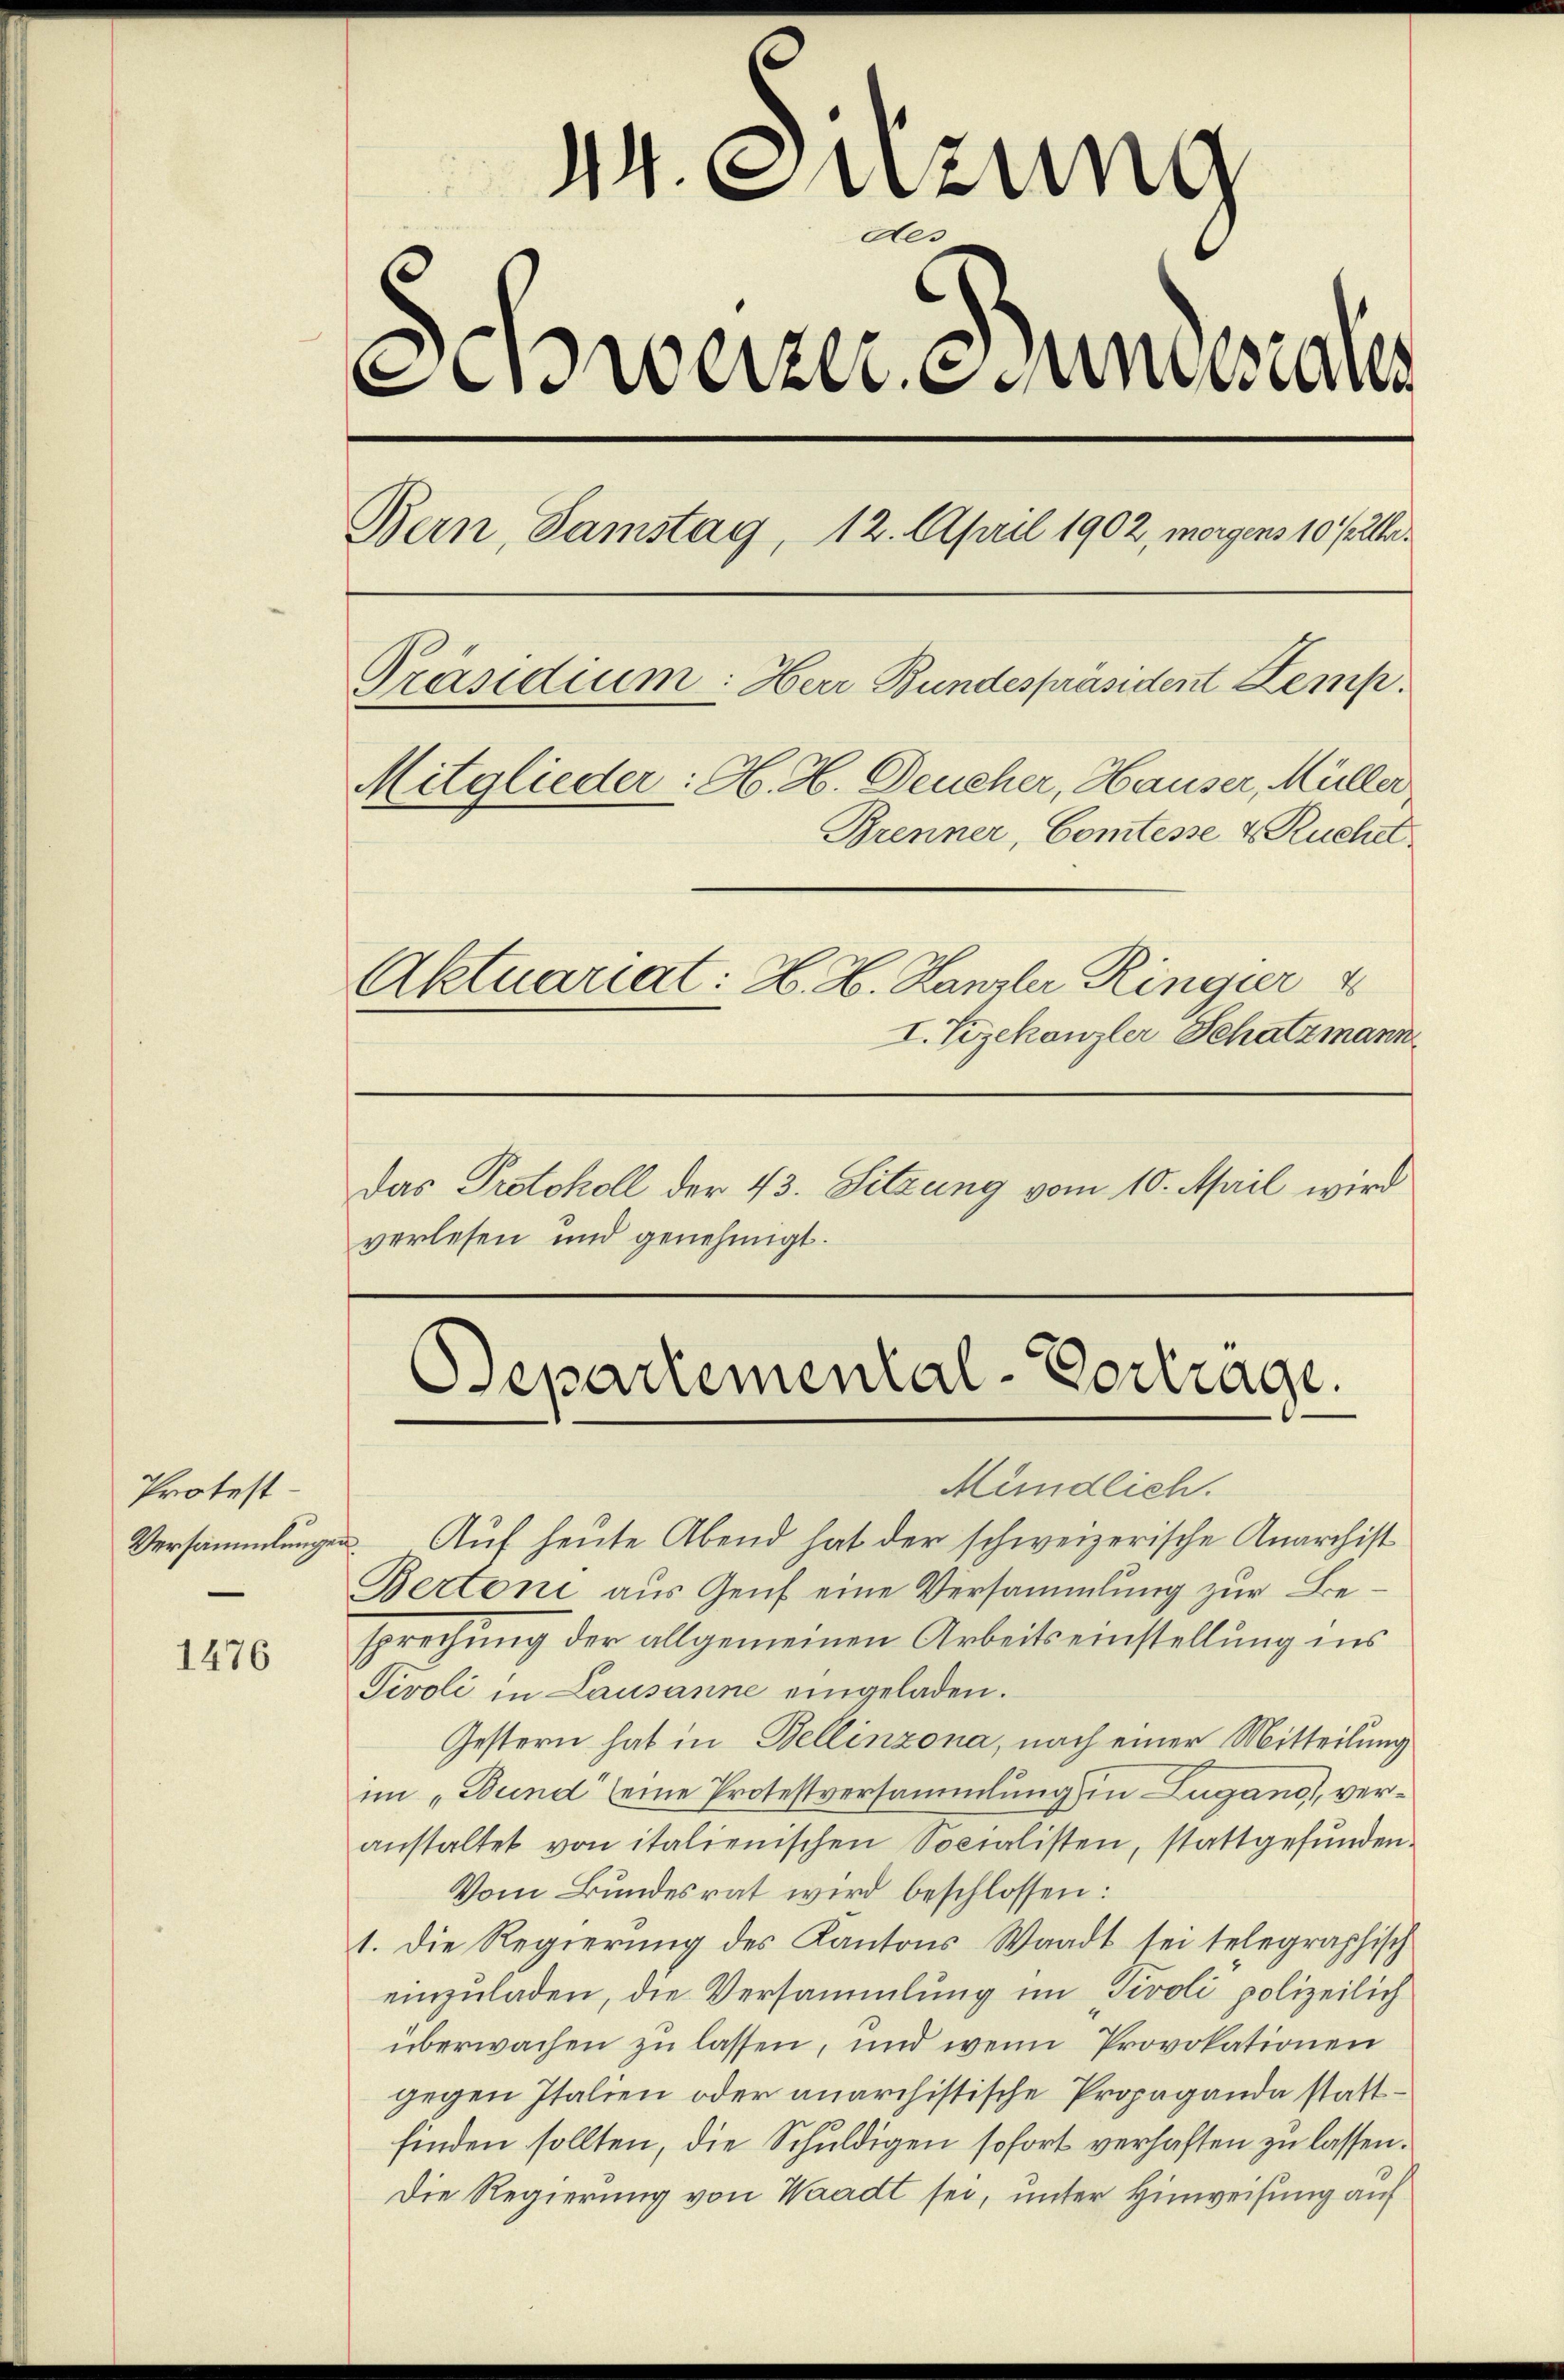
Protest

1476

44. Suzung
Aer
werzeneral
Bern, Samstag, 12. April 1902, morgens 10 Pr
Präsidium: Herr Bundespräsident Lemp.
Mitglieder: H. H. Deucher, Hauser, Müller
Brenner, Comtesse & Ruchel
Aktuariat: H. H. Kanzlei Ringier 4
I. Vizekanzler Schatzmann

Das Protokoll der 43. Sitzung vom 10. April wird
verlesen und genehmigt.

Mündlich.
Versammlungen Auf heute Abend hat der schweizerische Anarchist
Bertoni aus Genf eine Versammlung zur Besprechung der allgemeinen Arbeitseinstellung ins
Tivoli in Lausanne eingeladen.
Gestern hat in Bellinzona, nach einer Mitteilung
im „Bund“ seine Protestversammlung in Lugano, veranstaltet von italienischen Socialisten, stattgefunden.
Vom Bundesrat wird beschlossen:
1. die Regierŭng des Kantons Waadt sei telegraphisch
einzuladen, die Versammlung im Tivoli polizeilich
überwachen zu lassen, und wenn Provokationen
gegen Italien oder anarchistische Propaganda stattfinden sollten, die Schuldigen sofort verhaften zu lassen.
Die Regierung von Waadt sei, unter Hinweisung auf

Departemental Vortrage.